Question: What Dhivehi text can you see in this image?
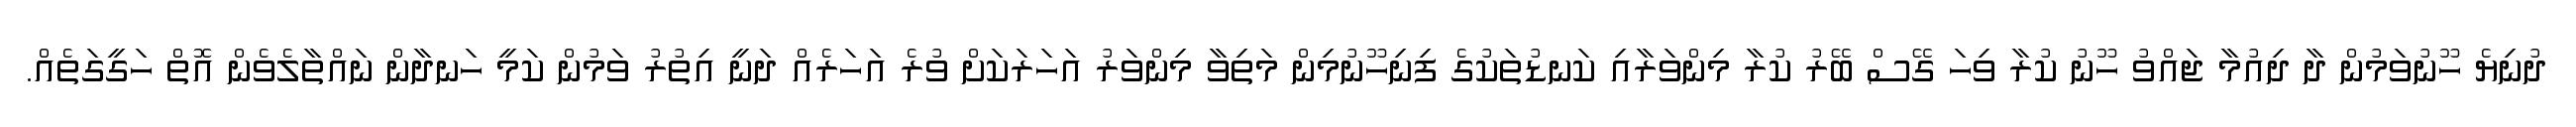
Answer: ދުނިޔެ ހޫނުވަމުން ދާ ދިއުމާ ޖައްވު ހޫނު ކުރާ ވިހަ ގޭސް ބޭރު ކުރާ މިންވަރާއި ކަނޑުތަކުގެ ފިނިހޫނުމިން މަތިވާ މިންވަރު އަހަރަކަށް ވުރެ އަހަރެއް ދަނީ އިތުރު ވަމުން ކަމީ ހަނދާން ނައްތާލެވެން އޮތް ހަގީގަތެއް.